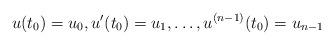
LaTeX: \begin{align*}u(t_0)=u_0, u'(t_0)=u_1, \dots, u^{(n-1)}(t_0) = u_{n-1}\end{align*}